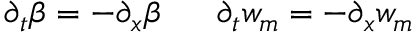
\partial _ { t } \beta = - \partial _ { x } \beta ~ ~ ~ ~ ~ \partial _ { t } w _ { m } = - \partial _ { x } w _ { m }